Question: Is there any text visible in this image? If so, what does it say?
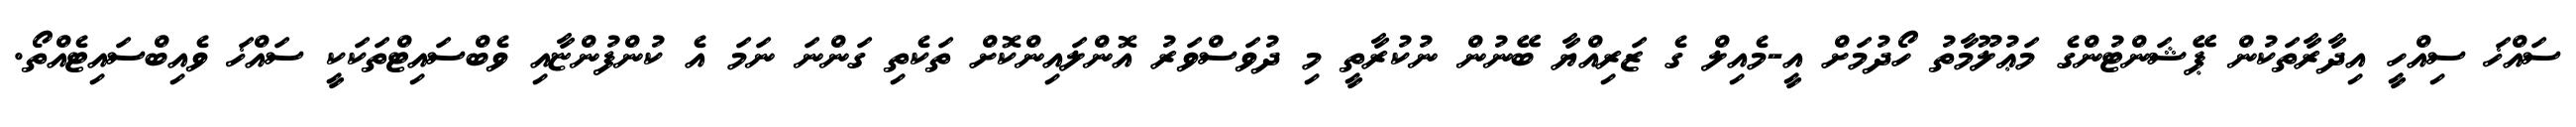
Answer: ސައްޚަ ސިއްހީ އިދާރާތަކުން ޕޭޝަންޓުންގެ މަޢުލޫމާތު ހޯދުމަށް އީ-މެއިލް ގެ ޒަރިއްޔާ ބޭނުން ނުކުރާތީ މި ދުވަސްވަރު އޮންލައިންކޮށް ތަކެތި ގަންނަ ނަމަ އެ ކުންފުންޏާއި ވެބްސައިޓްތަކަކީ ސައްޚަ ވެއިބްސައިޓެއްތޯ.